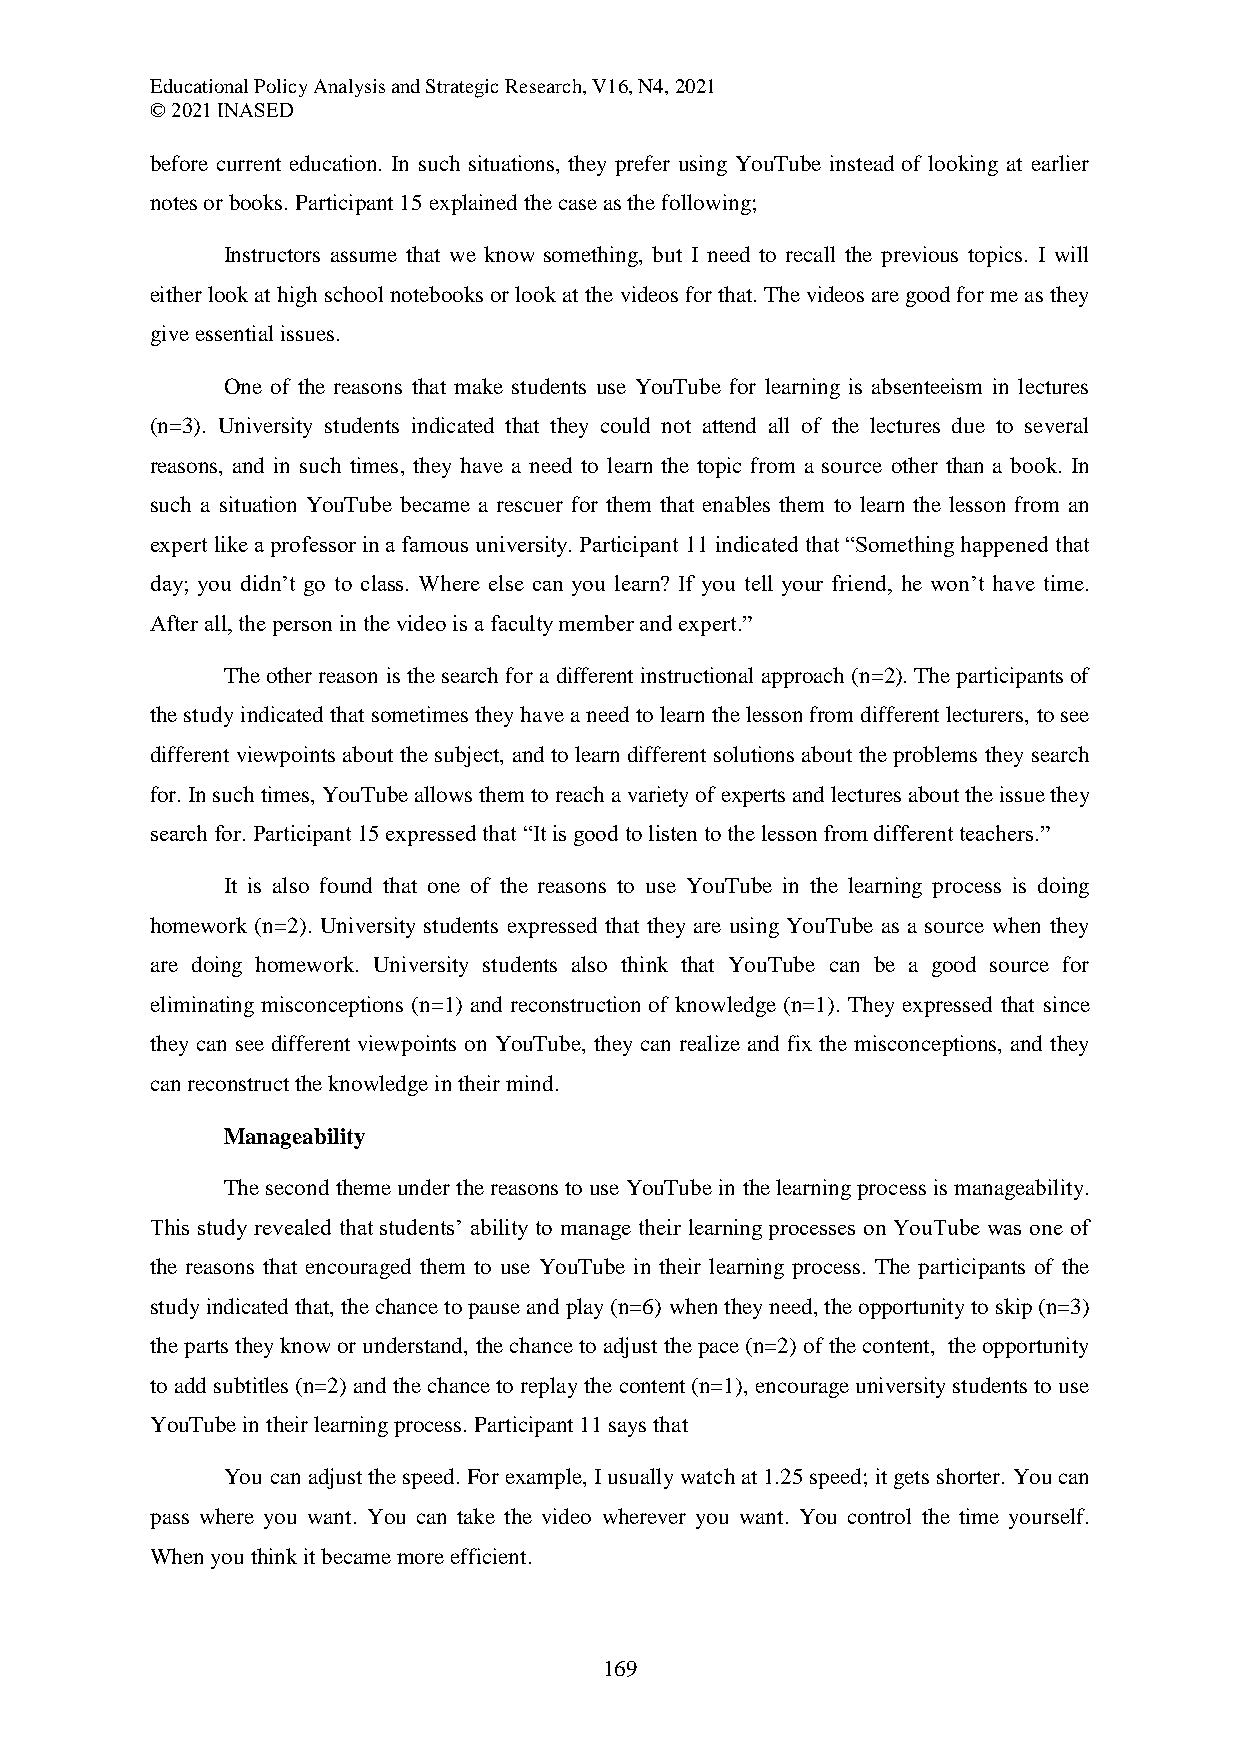
Educational Policy Analysis and Strategic Research, V16, N4, 2021
 © 2021 INASED
 before current education. In such situations, they prefer using YouTube instead of looking at earlier
 notes or books. Participant 15 explained the case as the following;
 Instructors assume that we know something, but I need to recall the previous topics. I will
 either look at high school notebooks or look at the videos for that. The videos are good for me as they
 give essential issues.
 One of the reasons that make students use YouTube for learning is absenteeism in lectures
 (n=3). University students indicated that they could not attend all of the lectures due to several
 reasons, and in such times, they have a need to learn the topic from a source other than a book. In
 such a situation YouTube became a rescuer for them that enables them to learn the lesson from an
 expert like a professor in a famous university. Participant 11 indicated that “Something happened that
 day; you didn’t go to class. Where else can you learn? If you tell your friend, he won’t have time.
 After all, the person in the video is a faculty member and expert.”
 The other reason is the search for a different instructional approach (n=2). The participants of
 the study indicated that sometimes they have a need to learn the lesson from different lecturers, to see
 different viewpoints about the subject, and to learn different solutions about the problems they search
 for. In such times, YouTube allows them to reach a variety of experts and lectures about the issue they
 search for. Participant 15 expressed that “It is good to listen to the lesson from different teachers.”
 It is also found that one of the reasons to use YouTube in the learning process is doing
 homework (n=2). University students expressed that they are using YouTube as a source when they
 are doing homework. University students also think that YouTube can be a good source for
 eliminating misconceptions (n=1) and reconstruction of knowledge (n=1). They expressed that since
 they can see different viewpoints on YouTube, they can realize and fix the misconceptions, and they
 can reconstruct the knowledge in their mind.
 Manageability
 The second theme under the reasons to use YouTube in the learning process is manageability.
 This study revealed that students’ ability to manage their learning processes on YouTube was one of
 the reasons that encouraged them to use YouTube in their learning process. The participants of the
 study indicated that, the chance to pause and play (n=6) when they need, the opportunity to skip (n=3)
 the parts they know or understand, the chance to adjust the pace (n=2) of the content, the opportunity
 to add subtitles (n=2) and the chance to replay the content (n=1), encourage university students to use
 YouTube in their learning process. Participant 11 says that
 You can adjust the speed. For example, I usually watch at 1.25 speed; it gets shorter. You can
 pass where you want. You can take the video wherever you want. You control the time yourself.
 When you think it became more efficient.
 169